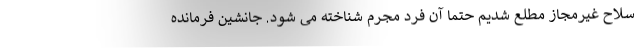
سلاح غیرمجاز مطلع شدیم حتما آن فرد مجرم شناخته می شود. جانشین فرمانده